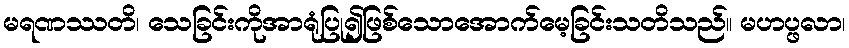
မရဏဿတိ၊ သေခြင်းကိုအာရုံပြု၍ဖြစ်သောအောက်မေ့ခြင်းသတိသည်။ မဟပ္ဖလာ၊